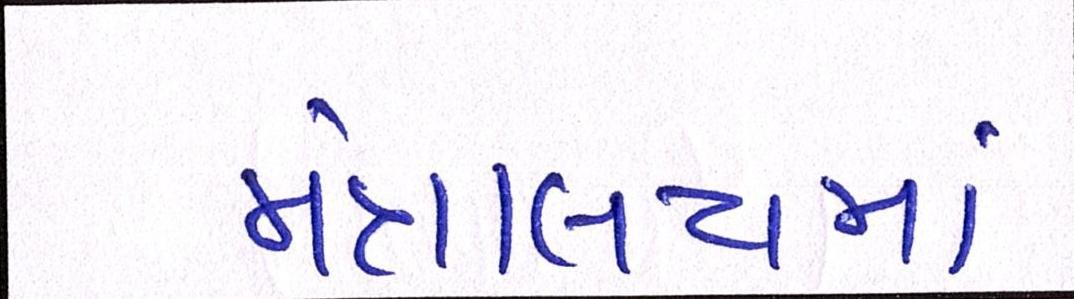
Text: મંત્રાલયમાં